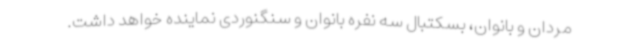
مردان و بانوان، بسکتبال سه نفره بانوان و سنگنوردی نماینده خواهد داشت.